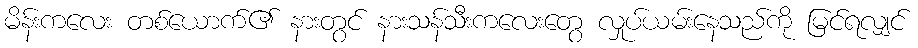
မိန်းကလေး တစ်ယောက်၏ နားတွင် နားသန်သီးကလေးတွေ လှုပ်ယမ်းနေသည်ကို မြင်ရလျှင်